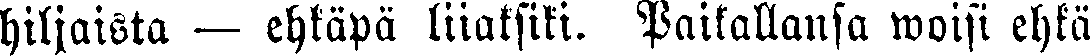
hiljaista — ehkäpä liiaksiki. Paikallansa woisi ehkä